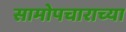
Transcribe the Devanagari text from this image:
सामोपचाराच्या